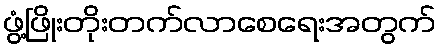
ဖွံ့ဖြိုးတိုးတက်လာစေရေးအတွက်